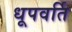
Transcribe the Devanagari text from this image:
धूपवर्ति